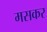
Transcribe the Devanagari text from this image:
मसकर